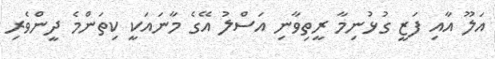
އަލޫ އާއި ފަޒީ ގުޅުނިމާ ރީތިވާނި އަސްލު އޭގެ މާނައަކީ ކިތަންމެ ދީންވެރި